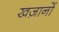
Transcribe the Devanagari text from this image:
खज़ानों